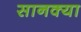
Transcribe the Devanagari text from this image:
सानक्या